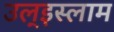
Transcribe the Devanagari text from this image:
उल्‌इस्लाम